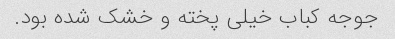
جوجه کباب خیلی پخته و خشک شده بود.